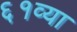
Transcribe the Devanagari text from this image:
६१व्या